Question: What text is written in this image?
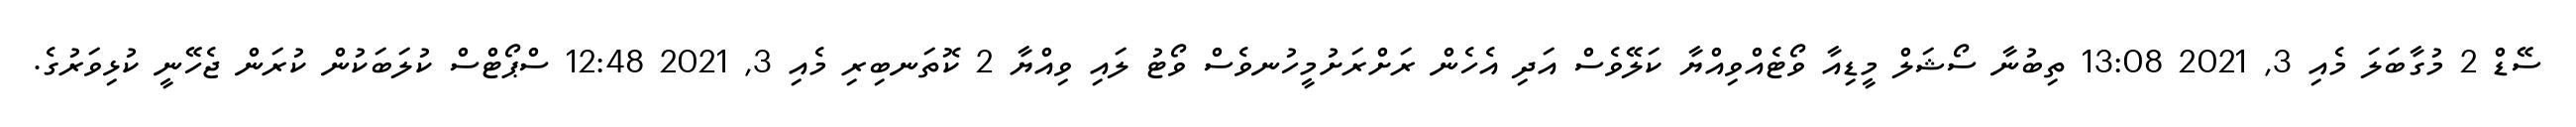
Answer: ސޭޑް 2 މުގާބަލަ މެއި 3, 2021 13:08 ތިބުނާ ސޯޝަލް މީޑިއާ ވޯޓެއްވިއްޔާ ކަލޭވެސް އަދި އެހެން ރަށްރަށުމީހުނވެސް ވޯޓު ލައި ވިއްޔާ 2 ކޮތަނބިރި މެއި 3, 2021 12:48 ސްޕޯޓްސް ކުލަބަކުން ކުރަން ޖެހޭނީ ކުޅިވަރުގެ.